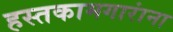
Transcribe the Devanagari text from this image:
हस्तकामगारांना